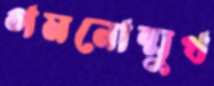
গমনোন্মুখ